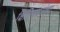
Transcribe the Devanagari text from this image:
क्षितिजसरांच्या